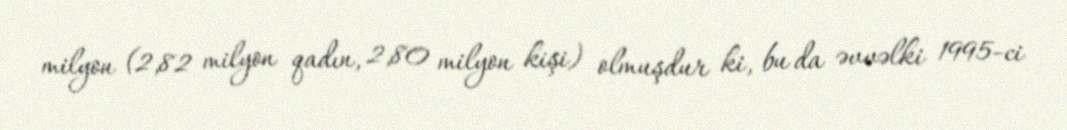
milyon (2,82 milyon qadın, 2,80 milyon kişi) olmuşdur ki, bu da əvvəlki 1995-ci